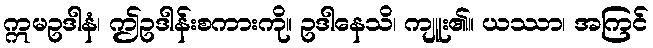
ဣမဥဒါနံ၊ ဤဥဒါန်းစကားကို။ ဥဒါနေသိ၊ ကျူး၏။ ယဿာ၊ အကြင်